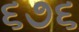
૬૭૬